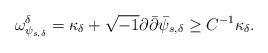
LaTeX: \begin{align*}\omega_{\psi_{s,\delta}}^\delta=\kappa_\delta+ \sqrt{-1}\partial\bar\partial \bar\psi_{s,\delta} \ge C^{-1}\kappa_\delta.\end{align*}